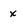
Character: x